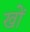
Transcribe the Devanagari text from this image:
खों